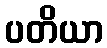
ပတိယာ